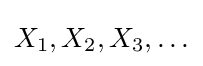
X_{1},X_{2},X_{3},\ldots